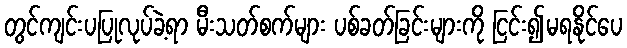
တွင်ကျင်းပပြုလုပ်ခဲ့ရာ မီးသတ်စက်များ ပစ်ခတ်ခြင်းများကို ငြင်း၍မရနိုင်ပေ